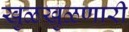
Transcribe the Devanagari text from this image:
खुळखुळणारी